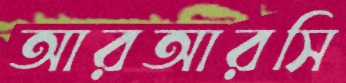
আরআরসি